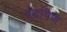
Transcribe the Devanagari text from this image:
बुडविणे